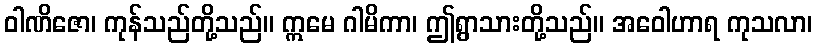
ဝါဏိဇော၊ ကုန်သည်တို့သည်။ ဣမေ ဂါမိကာ၊ ဤရွာသားတို့သည်။ အဝေါဟာရ ကုသလာ၊